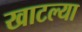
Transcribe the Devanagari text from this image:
खाटल्या